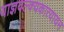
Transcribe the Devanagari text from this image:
याज्ञवल्क्यकात्यायन